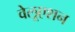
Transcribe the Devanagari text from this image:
वेलूएशन